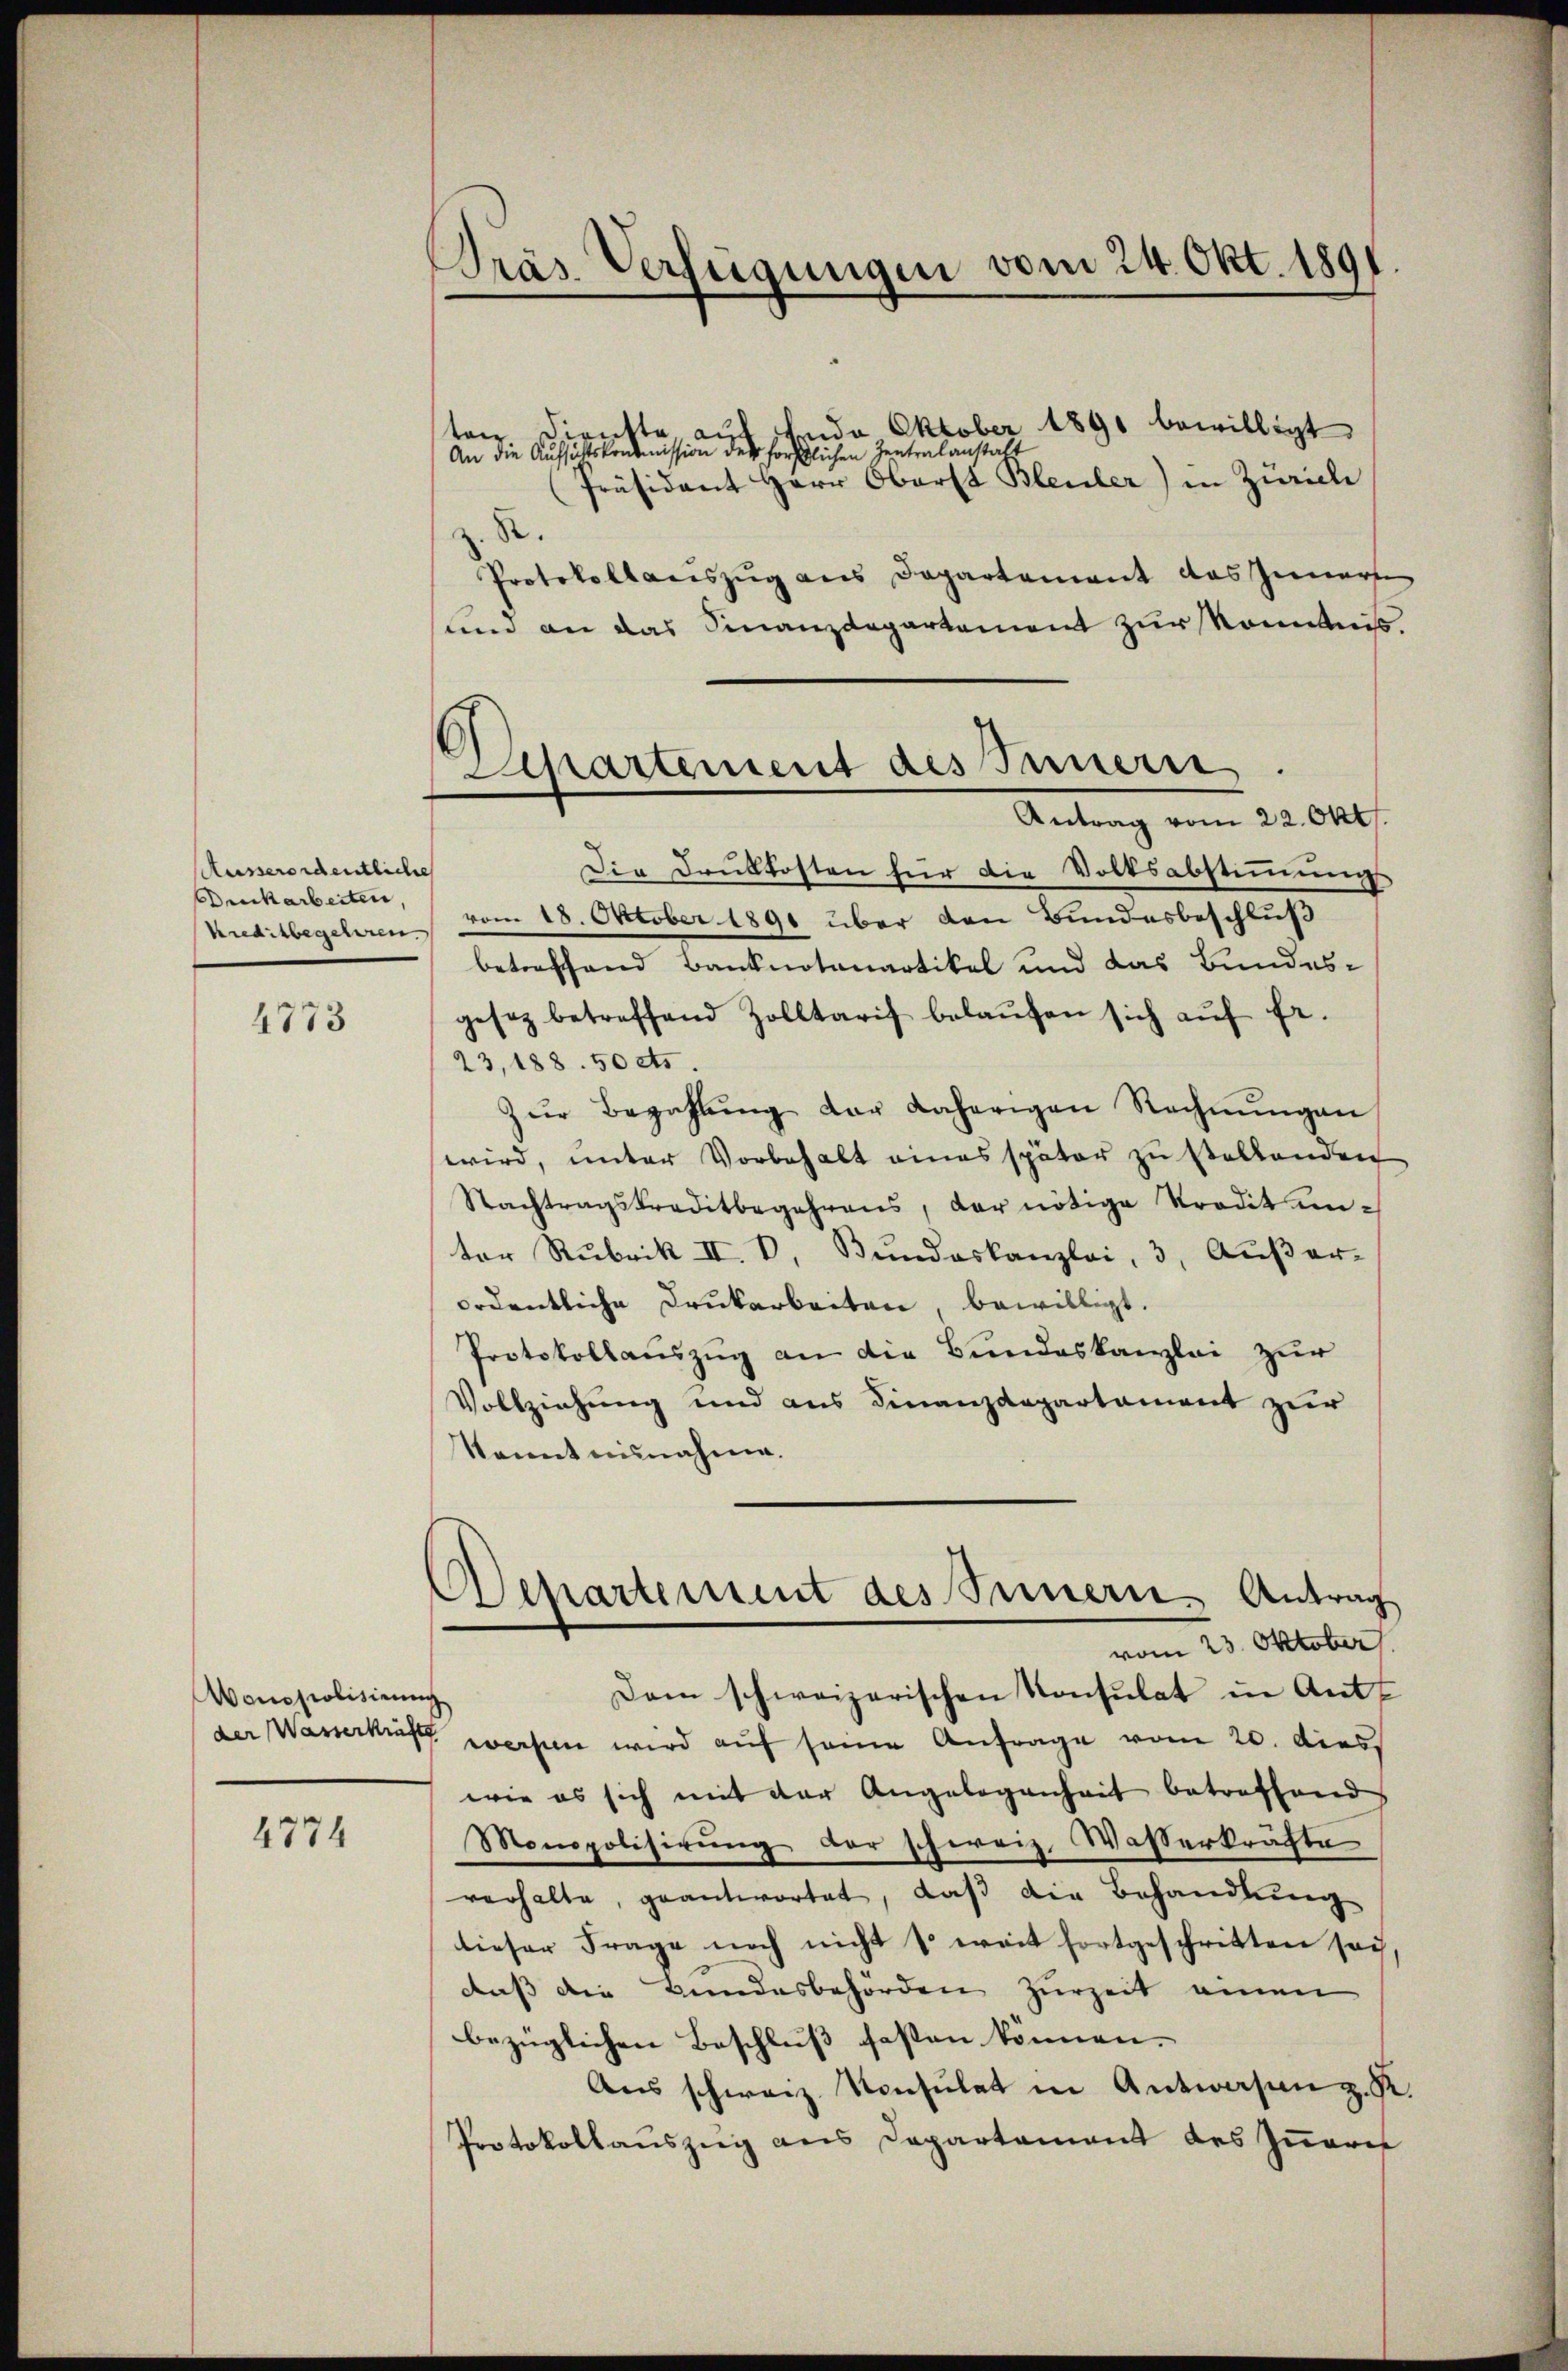
Ausserordentliche
Buckarbeiten,
Kreditbegehren.

4773

Vonoscolisirung

4774

Pras Verfügungen vom 24. Okt. 1891

beide Oktober 1890 bewilligt
ntta. au
ten
An die Aufsichtskondmission der hörstlichen Zentralanstalt
Präsidant Herr Oberst Bleuler) in Zürich
R.
Protokollauszug aus Departement das Innerte
sum an das Finanzdepartement zur kommnis
Die Druckkosten für die Volksabstimmung
vom 18. October 1891 über den Bundesbeschluß
betreffend Banknotenartikel und das Bundes-
gesez betreffend Zolltarif belaŭfen sich aŭf fr.
23,188. 50 cts.
Zŭr Bezahlŭng der daherigen Rechnŭngen
wird, unter Vorbehalt eines später zu stellenden
Nachtragskreditbegehrens, der nötige Tradit un-
tor Rubrik II. V. Bundeskanzlei, 3. Außer-
ordentliche Druckarbeiten, bewilligt.
Protokollauszug an die Bundeskanzlei zur
Vollziehung und aus Finanzdepartament zur
Kannt einnahme.
Aschartement des Innern Antrag
vom 23. Oktober
Dem schweizerischen Konsulat in Ant
der Wasserkisch weisen wird auf seine Anfrage vom 20. dies
wie es sich mit der Angelegenheit betreffend
Monopolisirung der schweiz. Wasserkräfte
verhalte, geantwortet, daß die Behandlung
dieser Frage noch nicht so weit fortgeschritten soi
daß die Bundesbehörden zurzeit einen
bezüglichen Beschluß fasten können. |
Ans schweiz. Konsulat in Antworfen z. R.
Protokollauszug aus Departement des Innere

Achartement des Innern
Antrag vom 22. Okt.